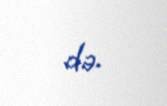
də.